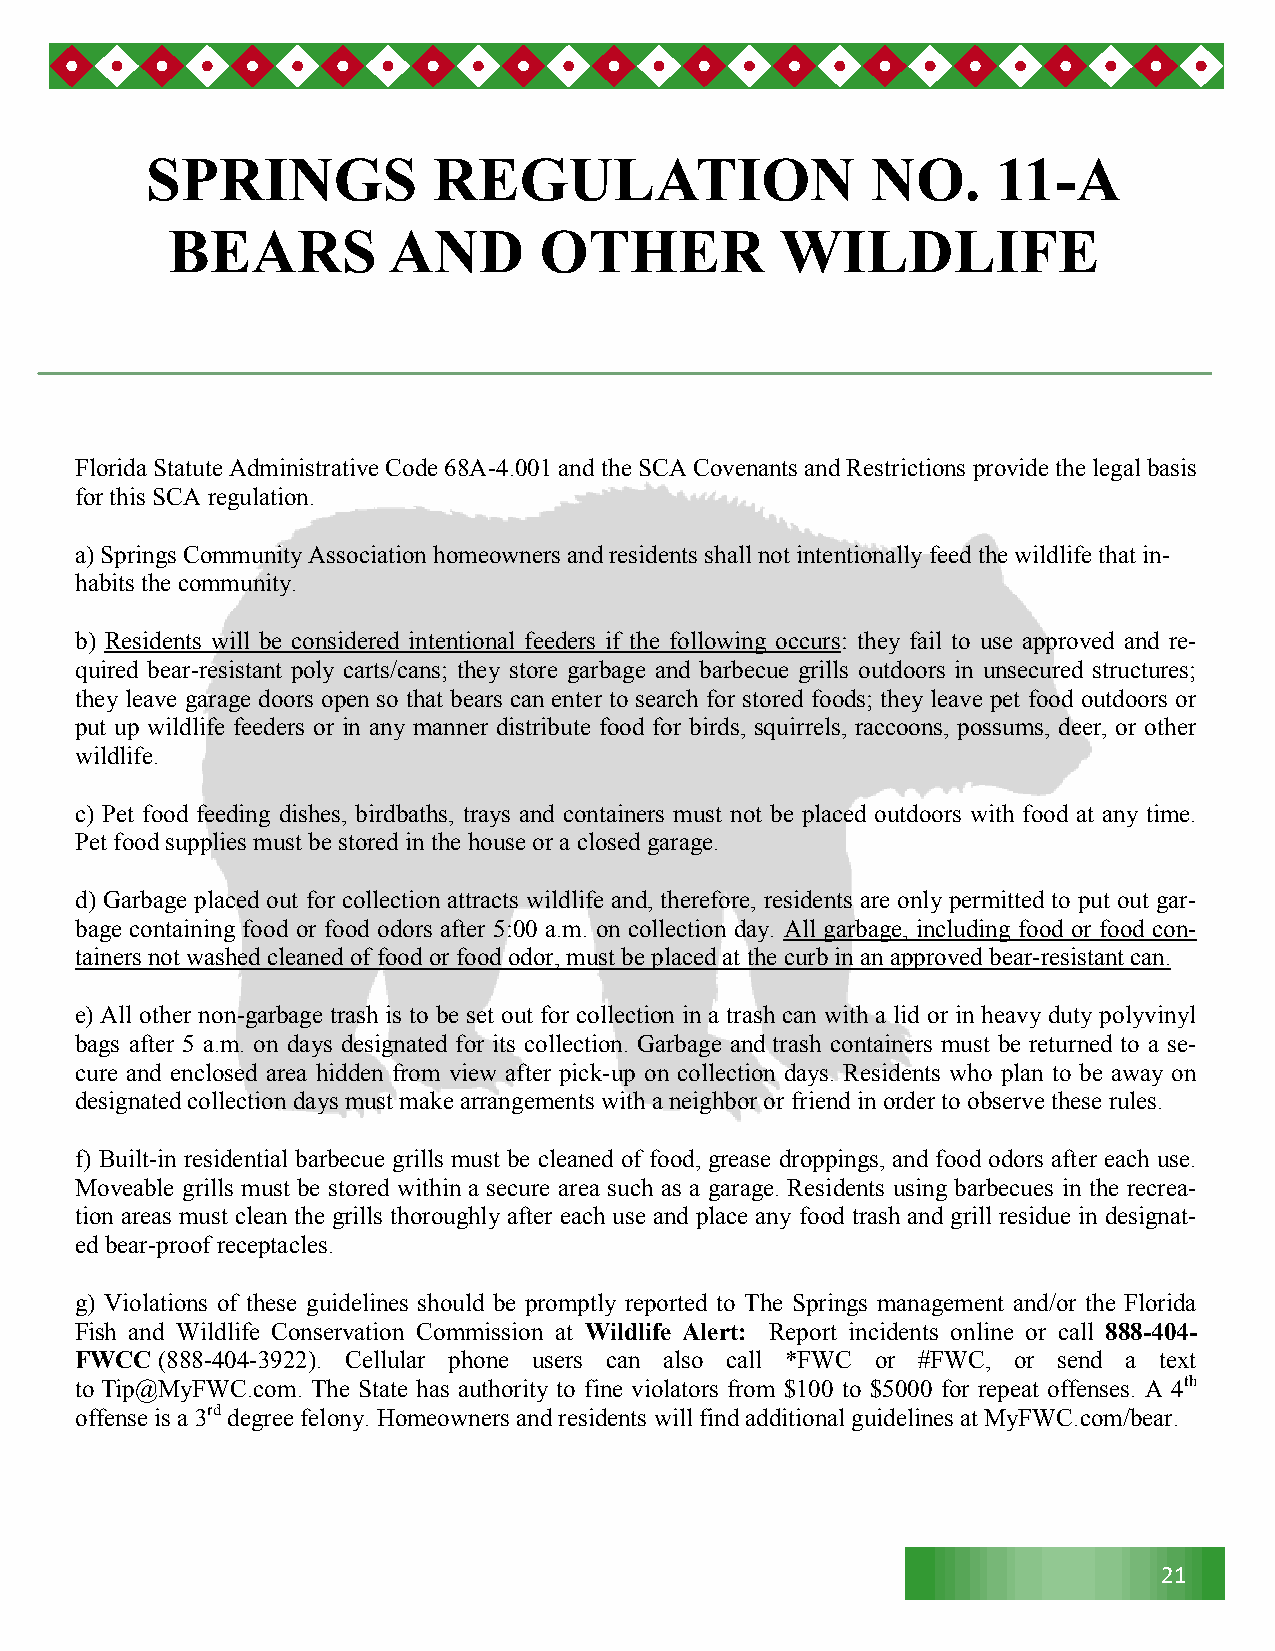
SPRINGS            REGULATION                   NO.     11-A
 BEARS          AND       OTHER           WILDLIFE
 Florida Statute Administrative Code 68A-4.001 and the SCA Covenants and Restrictions provide the legal basis
 for this SCA regulation.
 a) Springs Community Association homeowners and residents shall not intentionally feed the wildlife that in-
 habits the community.
 b) Residents will be considered intentional feeders if the following occurs: they fail to use approved and re-
 quired bear-resistant poly carts/cans; they store garbage and barbecue grills outdoors in unsecured structures;
 they leave garage doors open so that bears can enter to search for stored foods; they leave pet food outdoors or
 put up wildlife feeders or in any manner distribute food for birds, squirrels, raccoons, possums, deer, or other
 wildlife.
 c) Pet food feeding dishes, birdbaths, trays and containers must not be placed outdoors with food at any time.
 Pet food supplies must be stored in the house or a closed garage.
 d) Garbage placed out for collection attracts wildlife and, therefore, residents are only permitted to put out gar-
 bage containing food or food odors after 5:00 a.m. on collection day. All garbage, including food or food con-
 tainers not washed cleaned of food or food odor, must be placed at the curb in an approved bear-resistant can.
 e) All other non-garbage trash is to be set out for collection in a trash can with a lid or in heavy duty polyvinyl
 bags after 5 a.m. on days designated for its collection. Garbage and trash containers must be returned to a se-
 cure and enclosed area hidden from view after pick-up on collection days. Residents who plan to be away on
 designated collection days must make arrangements with a neighbor or friend in order to observe these rules.
 f) Built-in residential barbecue grills must be cleaned of food, grease droppings, and food odors after each use.
 Moveable grills must be stored within a secure area such as a garage. Residents using barbecues in the recrea-
 tion areas must clean the grills thoroughly after each use and place any food trash and grill residue in designat-
 ed bear-proof receptacles.
 g) Violations of these guidelines should be promptly reported to The Springs management and/or the Florida
 Fish and Wildlife Conservation Commission at Wildlife Alert: Report incidents online or call 888-404-
 FWCC (888-404-3922). Cellular phone users can also call *FWC or #FWC, or send a text
 to Tip@MyFWC.com. The State has authority to fine violators from $100 to $5000 for repeat offenses. A 4th
 offense is a 3rd degree felony. Homeowners and residents will find additional guidelines at MyFWC.com/bear.
 21